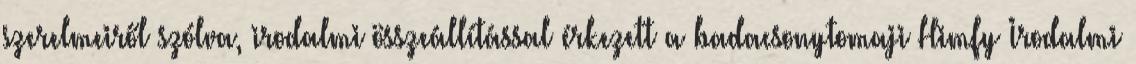
szerelmeiről szólva, irodalmi összeállítással érkezett a badacsonytomaji Himfy Irodalmi